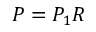
\textstyle P = P _ { 1 } R